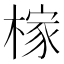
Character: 榢